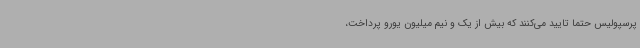
پرسپولیس حتما تایید می‌کنند که بیش از یک و نیم میلیون یورو پرداخت،